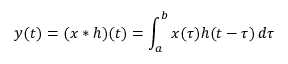
y ( t ) = ( x * h ) ( t ) = \int _ { a } ^ { b } x ( \tau ) h ( t - \tau ) \, d \tau